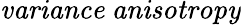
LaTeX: \mathit{variance\ anisotropy}